Civil Veterinary Dept. North-West Frontier Province 1901-22 - 1901-1922
Year: 1901
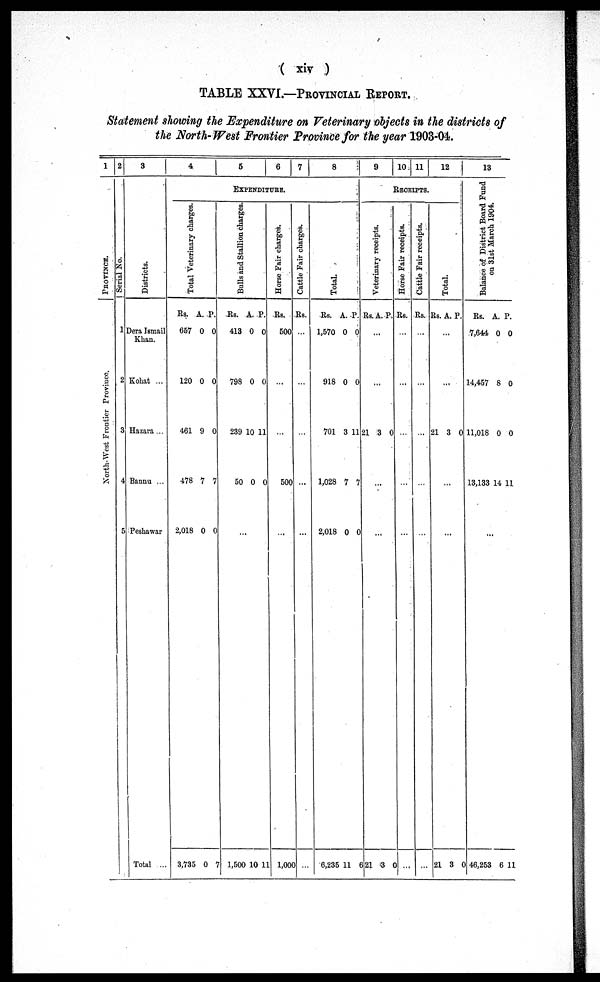
(xiv)
TABLE XXVI.—PROVINCIAL REPORT.
Statement showing the Expenditure on Veterinary objects in the districts of
the North-West Frontier Province for the year 1903-04.
1
P ROVINCE.
North-West Frontier Frovince.
2
Ser i al No.
1
2
3
4
5
3
Di st r i
ct s.
Dera Ismail
Khan.
Kohat ..
Hazara ...
Bannu ...
Peshawar
Total ...
4
5
6
7
8
9
EXPENDITURE
Tot al Vet er i
nar y charges.
Rs.
657
120
461
478
2,018
3,735
A.
0
0
9
7
0
0
P.
0
0
0
7
0
7
Bul l s and Stallion charges.
Rs.
413
798
239
50
A.
0
0
10
0
P.
0
0
11
0
...
1,500 10 1
Horse Fair charges.
Rs.
500
...
...
500
...
1,000
Cattle Fair charges.
Rs.
...
...
...
...
...
...
Tot al .
Rs.
1,570
918
701
1,028
2,018
6,235
A.
0
0
3
7
0
11
P.
0
0
11
7
0
6
10 11
12
RECEIPTS.
Veterinary receipts.
Rs. A. P.
...
...
21
3 0
...
...
21 3 0
Horse Fair receipts.
Rs.
...
...
...
...
...
...
Cattle Fair receipts.
Rs.
...
...
...
...
...
...
Total.
Rs. A . P.
...
...
21 3 0
...
...
21 3 0
13
Ba l
a nc e of District Board Fund
on 31st Ma r
c h 1904
Rs.
7,644
14,457
11,018
13,133
A.
0
8
0
14
P.
0
0
0
11
...
46,253 6 11